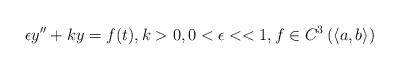
LaTeX: \begin{align*}\epsilon y''+ky=f(t), k>0,0<\epsilon<<1,f\in C^3\left(\langle a,b\rangle\right)\end{align*}